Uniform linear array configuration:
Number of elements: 8
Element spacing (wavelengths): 0.25
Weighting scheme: binomial
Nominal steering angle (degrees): -30
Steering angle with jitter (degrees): -29.455
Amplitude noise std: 0.05
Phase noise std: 0.05

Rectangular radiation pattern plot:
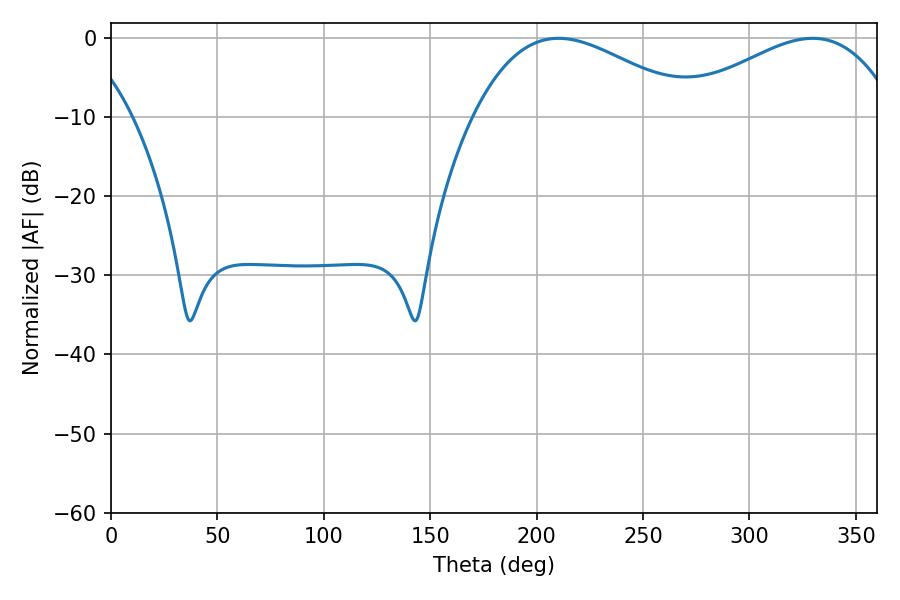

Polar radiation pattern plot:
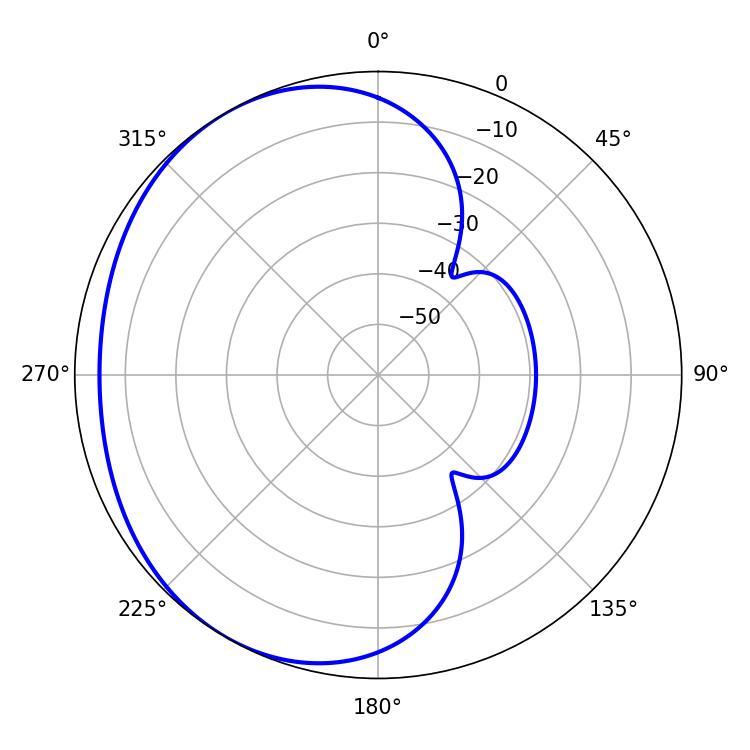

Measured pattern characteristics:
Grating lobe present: FALSE
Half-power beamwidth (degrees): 56.7
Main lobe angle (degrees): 210.24